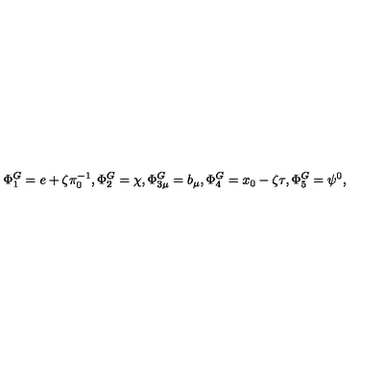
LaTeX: \Phi _ { 1 } ^ { G } = e + \zeta \pi _ { 0 } ^ { - 1 } , \Phi _ { 2 } ^ { G } = \chi , \Phi _ { 3 \mu } ^ { G } = b _ { \mu } , \Phi _ { 4 } ^ { G } = x _ { 0 } - \zeta \tau , \Phi _ { 5 } ^ { G } = \psi ^ { 0 } ,